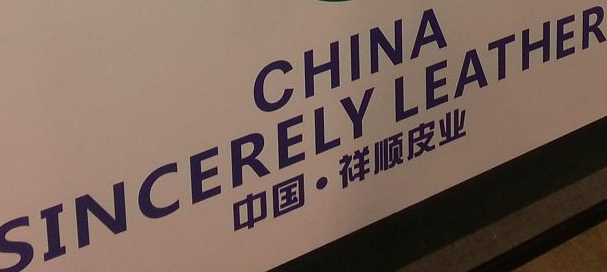
SINCERELY LEATHER